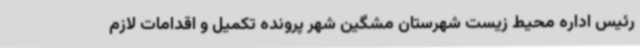
رئیس اداره محیط زیست شهرستان مشگین شهر پرونده تکمیل و اقدامات لازم